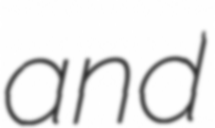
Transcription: and